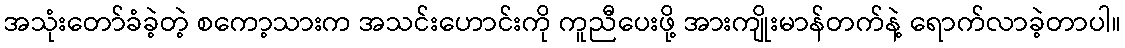
အသုံးတော်ခံခဲ့တဲ့ စကော့သားက အသင်းဟောင်းကို ကူညီပေးဖို့ အားကျိုးမာန်တက်နဲ့ ရောက်လာခဲ့တာပါ။